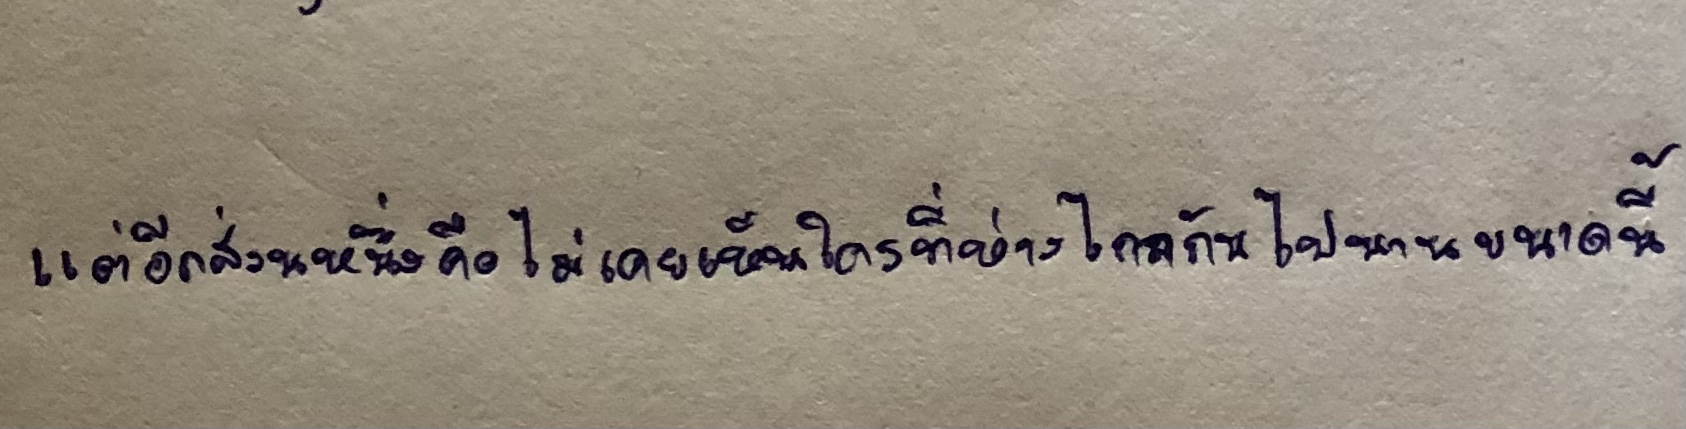
แต่อีกส่วนหนึ่งคือไม่เคยเห็นใครที่ห่างไกลกันไปนานขนาดนี้